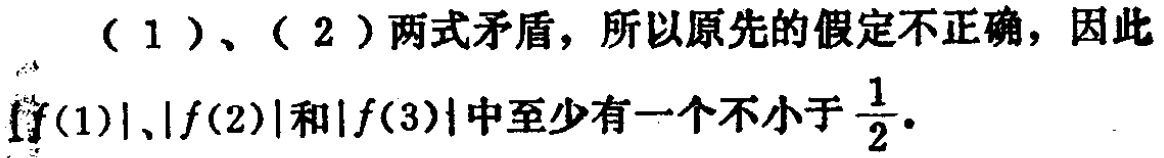
（1）、（2）两式矛盾，所以原先的假定不正确，因此$|f(1)|,|f(2)|$和$|f(3)|$中至少有一个不小于$\frac{1}{2}$。